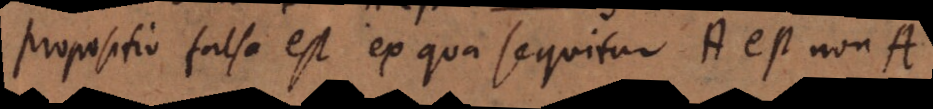
Propositio falsa est, ex qua sequitur A est non A.